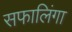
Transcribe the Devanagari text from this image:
सफालिंगा